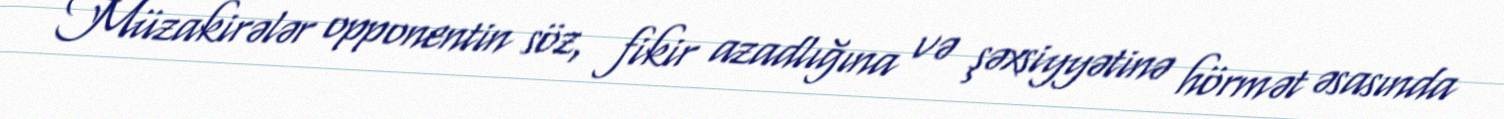
Müzakirələr opponentin söz, fikir azadlığına və şəxsiyyətinə hörmət əsasında